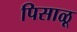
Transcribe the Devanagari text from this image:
पिसाळू